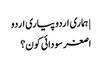
| ہماری اردو پیاری اردو
اصغر سودائی کون؟